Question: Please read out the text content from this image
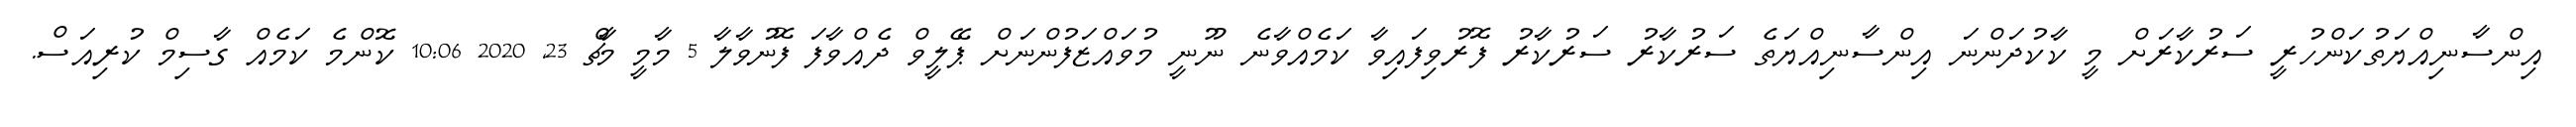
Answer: އިންސާނިއްޔަތުކަންހުރީ ސަރުކާރަށް މީ ކާކުދަންނަ އިންސާނިއްޔަތެ ސަރުކާރު ސަރުކާރު ފޮރުވިފައިވާ ކަމެއްވާނެ ނޫނީ މުވައްޒަފުންނަށް ޕޭލީވް ދެއްވާފަ ފޮނުވާލާ 5 މާމީ މާޗް 23, 2020 10:06 ކޮންމެ ކަމެއް ގާސިމް ކުރިއަސް.